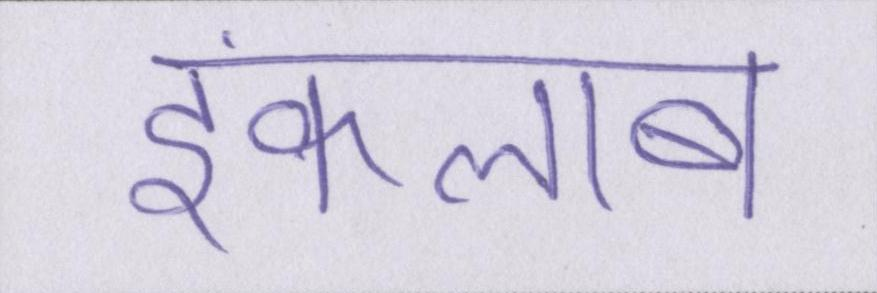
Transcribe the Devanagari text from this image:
इंकलाब